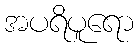
အပရိပူရော